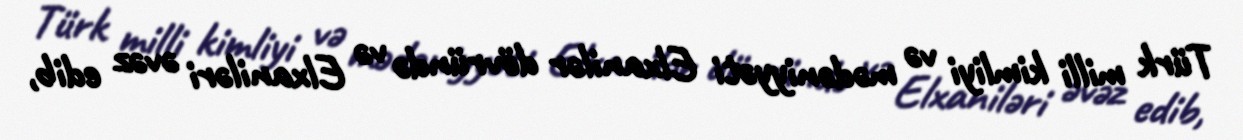
Türk milli kimliyi və mədəniyyəti Elxanilər dövründə və Elxaniləri əvəz edib,